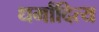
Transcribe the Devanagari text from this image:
धर्मादित्य